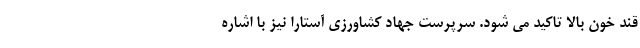
قند خون بالا تاکید می شود. سرپرست جهاد کشاورزی آستارا نیز با اشاره